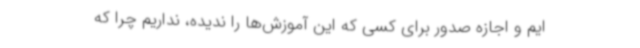
ایم و اجازه صدور برای کسی که این آموزش‌ها را ندیده، نداریم چرا که